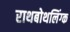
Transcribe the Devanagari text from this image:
राथबोथलिंग्क